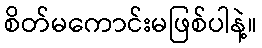
စိတ်မကောင်းမဖြစ်ပါနဲ့။